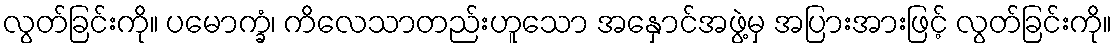
လွတ်ခြင်းကို။ ပမောက္ခံ၊ ကိလေသာတည်းဟူသော အနှောင်အဖွဲ့မှ အပြားအားဖြင့် လွတ်ခြင်းကို။